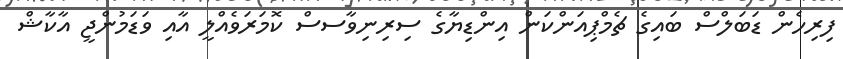
ފިރިހެން ޑަބަލްސް ބައިގެ ޗެމްޕިއަންކަން އިންޑިޔާގެ ސިރިނިވާސސް ކޮމަރަވެއްލީ އާއި ވަޑަމުންޖީ އާކާޝް